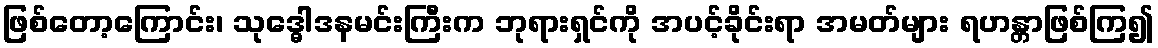
ဖြစ်တော့ကြောင်း၊ သုဒ္ဓေါဒနမင်းကြီးက ဘုရားရှင်ကို အပင့်ခိုင်းရာ အမတ်များ ရဟန္တာဖြစ်ကြ၍